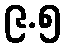
၉.၅